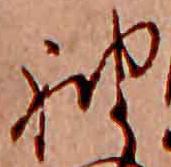
袖